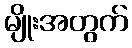
မျိုးအတွက်